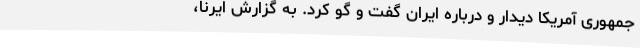
جمهوری آمریکا دیدار و درباره ایران گفت و گو کرد. به گزارش ایرنا،